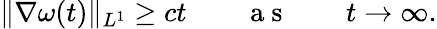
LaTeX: \| \nabla\omega(t)\| _{L^{1}}\geq ct\qquad\mathrm{~a~s~}\qquad t\to\infty.